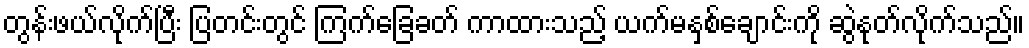
တွန်းဖယ်လိုက်ပြီး ပြတင်းတွင် ကြက်ခြေခတ် ကာထားသည့် ယက်မနှစ်ချောင်းကို ဆွဲနုတ်လိုက်သည်။